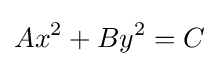
Ax^{2}+By^{2}=C